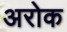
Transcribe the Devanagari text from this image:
अरोक